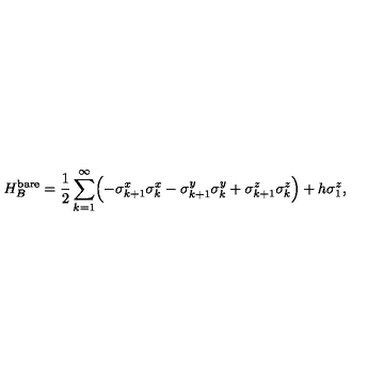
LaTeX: H _ { B } ^ { \mathrm { b a r e } } = \frac { 1 } { 2 } \sum _ { k = 1 } ^ { \infty } \Bigl ( - \sigma _ { k + 1 } ^ { x } \sigma _ { k } ^ { x } - \sigma _ { k + 1 } ^ { y } \sigma _ { k } ^ { y } + \sigma _ { k + 1 } ^ { z } \sigma _ { k } ^ { z } \Bigr ) + h \sigma _ { 1 } ^ { z } ,